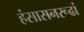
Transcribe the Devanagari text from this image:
हंसासनरूढां